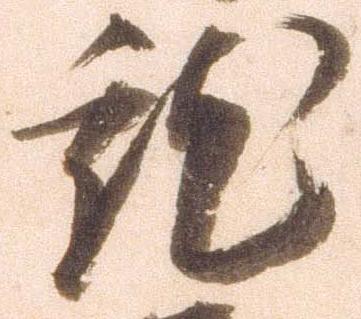
就